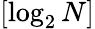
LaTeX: [\log_{2}N]